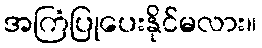
အကြံပြုပေးနိုင်မလား။